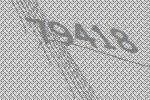
79418